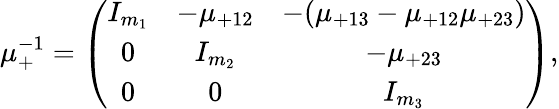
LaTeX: \mu_{+}^{-1}=\left(\begin{array}{ccc}{{I_{m_{1}}}}&{{-\mu_{+12}}}&{{-(\mu_{+13}-\mu_{+12}\mu_{+23})}}\\ {{0}}&{{I_{m_{2}}}}&{{-\mu_{+23}}}\\ {{0}}&{{0}}&{{I_{m_{3}}}}\end{array}\right),